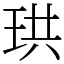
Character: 珙